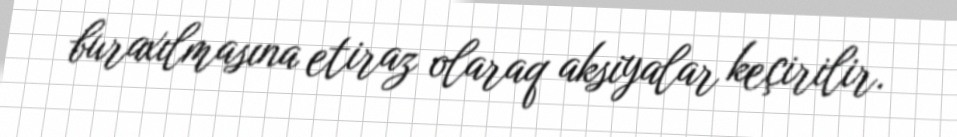
buraxılmasına etiraz olaraq aksiyalar keçirilir.